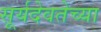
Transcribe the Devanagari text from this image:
सूर्यदेवतेच्या